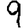
Digit: 9